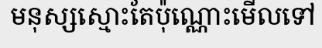
មនុស្សស្មោះតែប៉ុណ្ណោះមើលទៅ